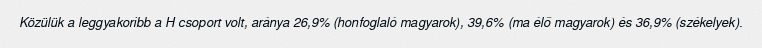
Közülük a leggyakoribb a H csoport volt, aránya 26,9% (honfoglaló magyarok), 39,6% (ma élő magyarok) és 36,9% (székelyek).